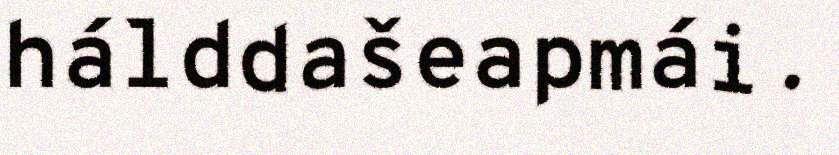
hálddašeapmái.